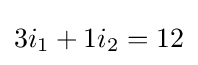
3i_{1}+1i_{2}=12